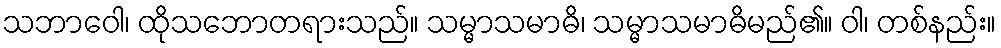
သဘာဝေါ၊ ထိုသဘောတရားသည်။ သမ္မာသမာဓိ၊ သမ္မာသမာဓိမည်၏။ ဝါ၊ တစ်နည်း။